Medical and sanitary report of the native army of Bengal for the year
Year: 1877
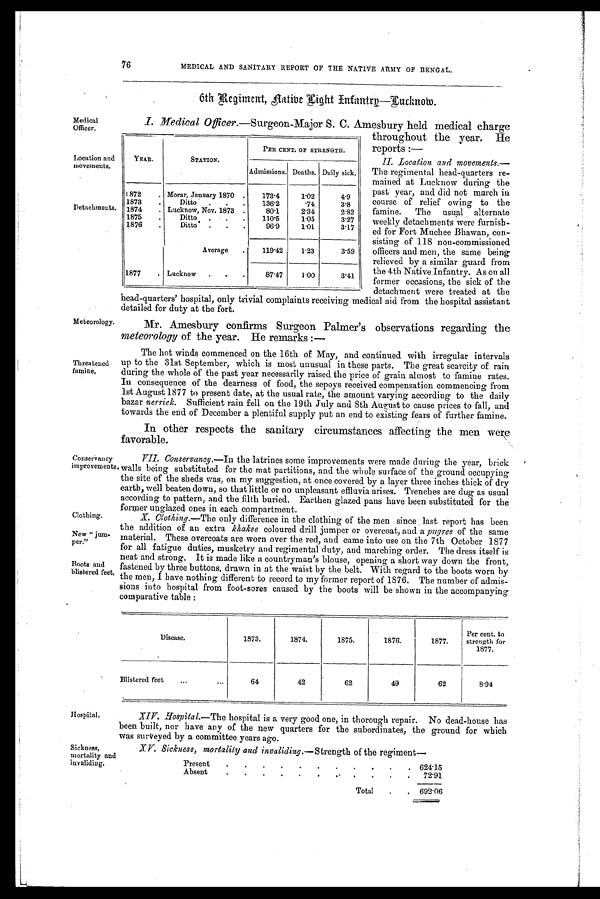
Medical
Officer.
Location and
movements.
Detachments.
Meteorology.
Threatened
famine.
Conservancy
improvements
Clothing.
New “ jum
-per.”
Boots and
blistered feet,
76
MEDICAL AND SANITARY REPORT OF THE NATIVE ARMY OP BENGAL.
6th Regiment, Aatibe Light Infantry—Lucknow.
I. Medical Officer.—Surgeon-Major S. C. Amesbury held medical charge
throughout the year. He
reports :—
II. Location and movements.—
The regimental head-quarters re-
mained at Lucknow during the
past year, and did not march in
course of relief owing to the
famine. The usual alternate
weekly detachments were furnish
ed for Fort Muchee Bhawan, con
sisting of 118 non-commissioned
officers and men, the same being
relieved by a similar guard from
the 4th Native Infantry. As on all
former occasions, the sick of the
detachment were treated at the
head-quarters' hospital, only trivial complaints receiving medical aid from the hospital assistant
detailed for duty at the fort.
Mr. Amesbury confirms Surgeon Palmer's observations regarding the
meteorology of the year. He remarks :—
The hot winds commenced on the 16th of May, and continued with irregular intervals
up to the 31st September, which is most unusual in these parts. The great scarcity of rain
during the whole of the past year necessarily raised the price of grain almost to famine rates.
In consequence of the dearness of food, the sepoys received compensation commencing from
1st August 1877 to present date, at the usual rate, the amount varying according to the daily
bazar nerrick. Sufficient rain fell on the 19th July and 8th August to cause prices to fall, and
towards the end of December a plentiful supply put an end to existing fears of further famine.
In other respects the sanitary circumstances affecting the men were
favorable.
VII. Conservancy.—In the latrines some improvements were made during the year, brick
walls being substituted for the mat partitions, and the whole surface of the ground occupying
the site of the sheds was, on my suggestion, at once covered by a layer three inches thick of dry
earth, well beaten down, so that little or no unpleasant effluvia arises. Trenches are dug as usual
according to pattern, and the filth buried. Earthen glazed pans have been substituted for the
former unglazed ones in each compartment.
X. Clothing.—The only difference in the clothing of the men since . last report has been
the addition of au extra khakee coloured drill jumper or overcoat, and a pugree of the same
material. These. overcoats are worn over the red, and came into use on the 7th October 1877
for all fatigue duties, musketry and regimental duty, and marching order. The dress itself is
neat and strong. It is made like a countryman's blouse, opening a short way down the front,
fastened by three buttons, drawn in at the waist by the belt. With regard to the boots worn by
the men, I have nothing different to record to my former report of 1876. The number of admis-
sions into hospital from foot-sores caused by the boots will be shown in the accompanying
comparative table:
Disease,
1873.
1 8 7 4 .
1 8 7 5 .
1876.
1877.
Per cent. tostrenth for
1877.
B l i s t e r e d
...
... 64
62
62
49
62
8.94
YEAR. STATION.
PER CENT. OF STRENGTH.
Admissions. Deaths. Daily sick.
1872 . Morar,January1870 .
1 7 3 . 4
1.02
4.9
1873 . Ditto
.
.
.
1 3 6 . 2
.74
3.8
1874 . Lucknow,Nov1873 .
8 0 . 1
2.34
2.82
1875 . Ditto
.
.
.
1 1 0 . 5
1.05
3.27
1876 . Ditto
1876
.
Ditto'
.
.
.
9 6 . 9
1.01
3.17
Average
.
1 1 9 . 4 2
1.23
3.59
1877 . Lucknow
.
.
8 7 . 4 7
1.00
3.41
Hospital.
Sickness,
mortality and
invaliding.
XIV. Hospila1.—The hospital is a very good one, in thorough repair. No dead-house has
been built, nor have any of the new quarters for the subordinates, the ground for which
was surveyed by a committee years ago.
XV. Sickness, mortality and invaliding.—Strength of the regiment
Present .
.
. .
.
.
. .
•
.
. 624.15
Absent .
.
. .
.
. . . .
•
.
. 72.91
Total .
.
692.06